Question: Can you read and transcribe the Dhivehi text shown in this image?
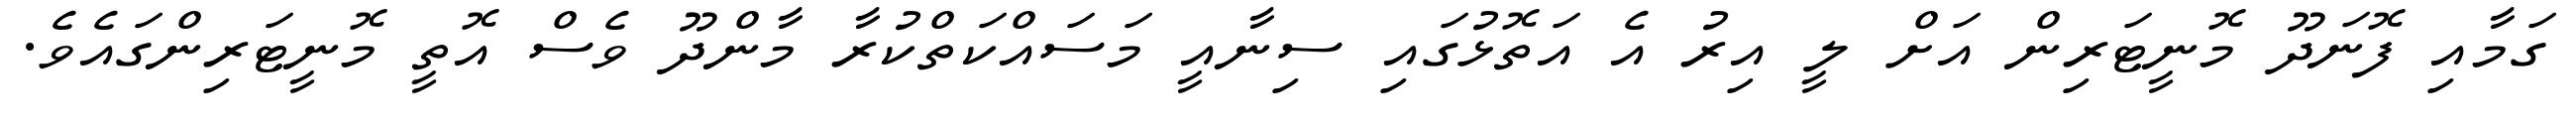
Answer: ގަމާއި ފޮނަދޫ މޮނީޓަރިން އަށް ލީ އިރު އެ އަތޮޅުގައި ސިނާއީ މަސައްކަތްކުރާ މާންދޫ ވެސް އޮތީ މޮނީޓަރިންގައެވެ.